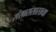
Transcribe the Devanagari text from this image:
संसारासारख्या